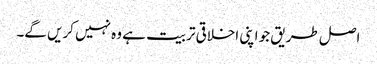
اصل طریق جو اپنی اخلاقی تربیت ہے وہ نہیں کریں گے۔